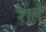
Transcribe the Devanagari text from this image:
शर्तं